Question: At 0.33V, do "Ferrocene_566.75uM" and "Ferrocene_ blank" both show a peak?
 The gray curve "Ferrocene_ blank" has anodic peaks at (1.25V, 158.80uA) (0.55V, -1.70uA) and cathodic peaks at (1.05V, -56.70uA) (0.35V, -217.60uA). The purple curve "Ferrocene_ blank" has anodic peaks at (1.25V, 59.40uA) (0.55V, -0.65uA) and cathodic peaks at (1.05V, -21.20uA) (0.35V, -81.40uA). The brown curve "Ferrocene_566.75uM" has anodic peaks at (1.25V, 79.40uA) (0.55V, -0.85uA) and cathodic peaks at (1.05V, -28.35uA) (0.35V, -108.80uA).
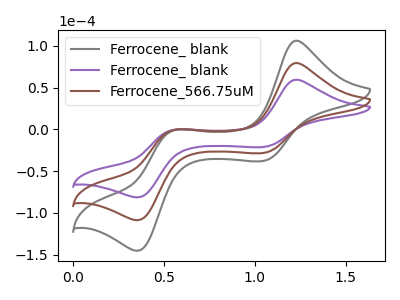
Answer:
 <answer>No, "Ferrocene_566.75uM" and "Ferrocene_ blank" dont share a peak at 0.33V.</answer>
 <eval>mismatch</eval>